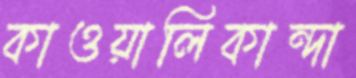
কাওয়ালিকান্দা